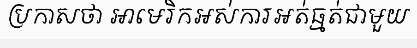
ប្រកាសថា អាមេរិកអស់ការអត់ធ្មត់ជាមួយ